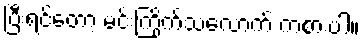
ပြီးရင်တော့ မင်းကြိုက်သလောက် ကစားပါ။